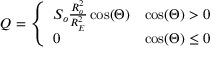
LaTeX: Q = { \left\{ \begin{array} { l l } { S _ { o } { \frac { R _ { o } ^ { 2 } } { R _ { E } ^ { 2 } } } \cos ( \Theta ) } & { \cos ( \Theta ) > 0 } \\ { 0 } & { \cos ( \Theta ) \leq 0 } \end{array} \right. }